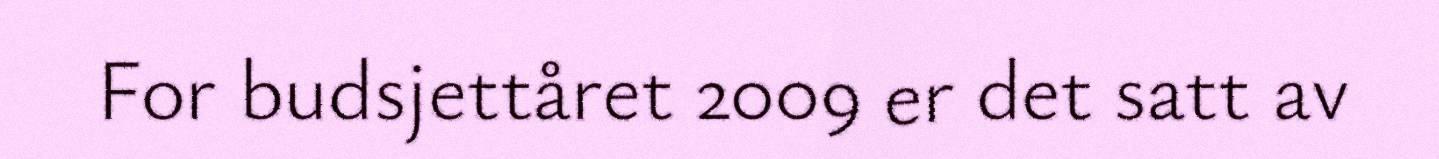
For budsjettåret 2009 er det satt av